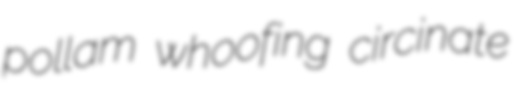
pollam whoofing circinate